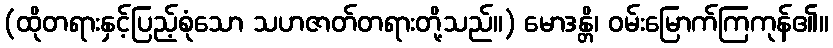
(ထိုတရားနှင့်ပြည့်စုံသော သဟဇာတ်တရားတို့သည်။) မောဒန္တိ၊ ဝမ်းမြောက်ကြကုန်၏။